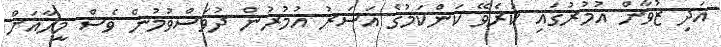
އަދި ޒުވާން އުމުރުގައި ކުރެވޭ ކަންކަމުގެ އަސަރު އުމުރުން ދުވަސްވުމުން ވެސް މީހާއަށް